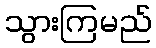
သွားကြမည်